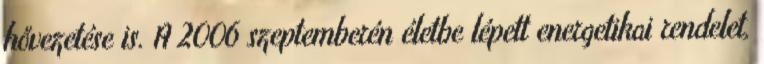
hővezetése is. A 2006 szeptemberén életbe lépett energetikai rendelet,